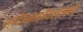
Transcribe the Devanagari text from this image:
श्रीजानकीवल्लभो